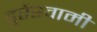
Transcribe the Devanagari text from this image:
दुरैस्वामी